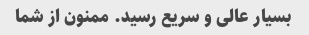
بسیار عالی و سریع رسید. ممنون از شما